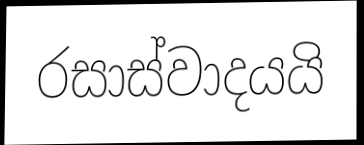
රසාස්වාදයයි